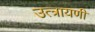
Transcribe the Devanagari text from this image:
उत्त्रायणी